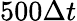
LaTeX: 500\Delta t